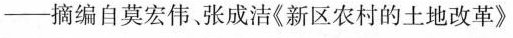
—摘编自莫宏伟、张成洁《新区农村的土地改革》